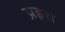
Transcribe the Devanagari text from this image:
प्रहरा